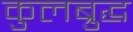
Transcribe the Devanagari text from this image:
कुलब्रुद्ध